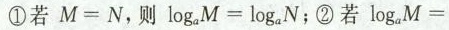
①若$$ M = N$$，则$$log _ { a } M = l o g_{ a } N；②若$$l o g _ { a } M =